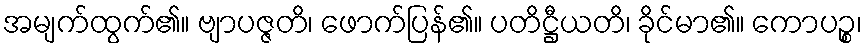
အမျက်ထွက်၏။ ဗျာပဇ္ဇတိ၊ ဖောက်ပြန်၏။ ပတိဋ္ဌီယတိ၊ ခိုင်မာ၏။ ကောပဉ္စ၊